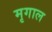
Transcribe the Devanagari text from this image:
मृगाल